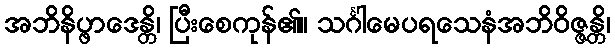
အဘိနိပ္ဖာဒေန္တိ၊ ပြီးစေကုန်၏။ သင်္ဂါမေပရသေနံအဘိဝိဇ္ဇန္တိ၊